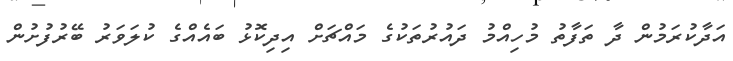
އަދާކުރަމުން ދާ ތަފާތު މުހިއްމު ދައުރުތަކުގެ މައްޗަށް އިދިކޮޅު ބައެއްގެ ކުލަވަރު ބޭރުފުށުން